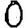
Digit: 0